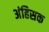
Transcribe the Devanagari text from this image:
अंहिसक